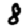
Digit: 8